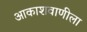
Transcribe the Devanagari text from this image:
आकाशवाणीला